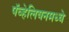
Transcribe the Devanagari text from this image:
पॅव्हेलियनमध्ये